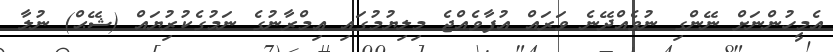
އެމީހުންނަށް ނޭންގި ނުވެއްދޭނެ ވަރައް އުފާވެއްޖެ މިލިޔުމުގައި ޢިމްރާނުގެ ނަމުގެކުރުިޔައް (ޝޭޙް) ނުލާ